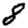
Digit: 8